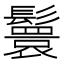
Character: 鬟